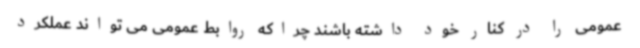
عمومی را در کنار خود داشته باشند چراکه روابط عمومی می تواند عملکرد